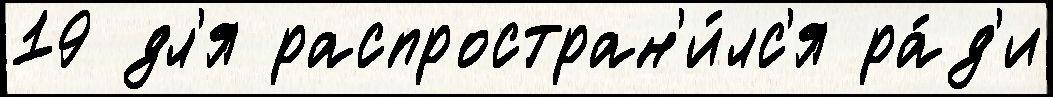
19 дл'я распростран'и́лс'я ра́д'и